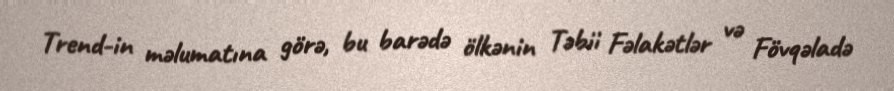
Trend-in məlumatına görə, bu barədə ölkənin Təbii Fəlakətlər və Fövqəladə